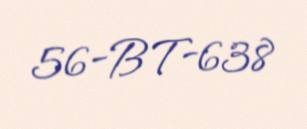
56-BT-638